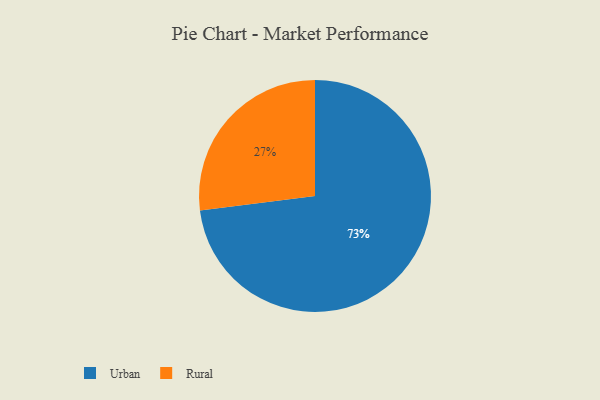
{"axis": {"x": "Category", "y": "Percentage"}, "legend": ["Rural", "Urban"], "data": [{"x": "Urban", "y": 73, "type": "Urban"}, {"x": "Rural", "y": 27, "type": "Rural"}]}